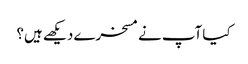
کیا آپ نے مسخرے دیکھے ہیں؟